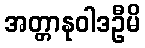
အတ္တာနုဝါဒဦမိ